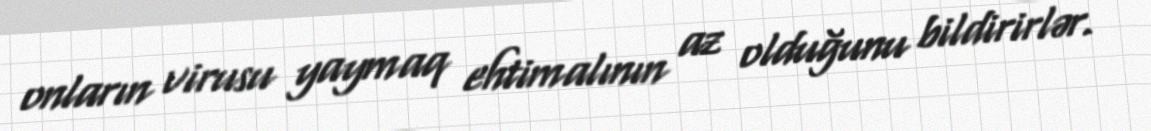
onların virusu yaymaq ehtimalının az olduğunu bildirirlər.